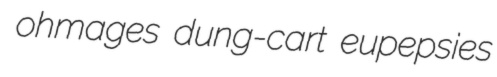
ohmages dung-cart eupepsies